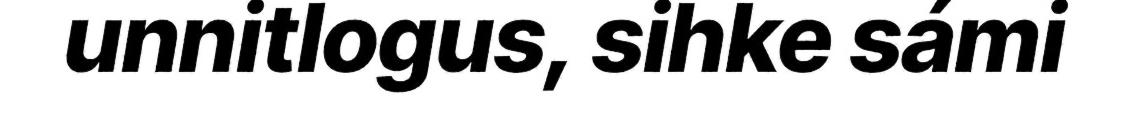
unnitlogus, sihke sámi